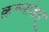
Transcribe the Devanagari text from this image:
कुष्मांडम्